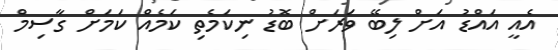
އެއީ އައްޑު އަށް ލިބޭ ވަރަށް ބޮޑު ނިކަމެތި ކަމެއް ކަމަށް ގާސިމް